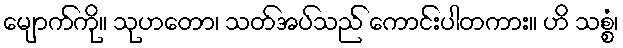
မျောက်ကို။ သုဟတော၊ သတ်အပ်သည် ကောင်းပါတကား။ ဟိ သစ္စံ၊